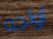
اواجه